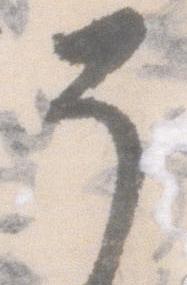
そ